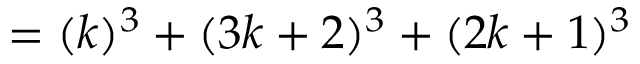
= ( k ) ^ { 3 } + ( 3 k + 2 ) ^ { 3 } + ( 2 k + 1 ) ^ { 3 }